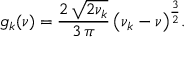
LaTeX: g _ { k } ( \nu ) = \frac { 2 \, { \sqrt { 2 \nu _ { k } } } } { 3 \, \pi } \, { \left( \nu _ { k } - \nu \right) } ^ { \frac { 3 } { 2 } } .